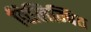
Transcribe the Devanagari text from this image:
विलिम्बित